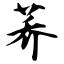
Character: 荞